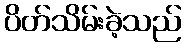
ပိတ်သိမ်းခဲ့သည်